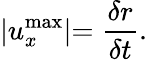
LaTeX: \lvert u_{x}^{\mathrm{max}}\lvert=\frac{\delta r}{\delta t}.